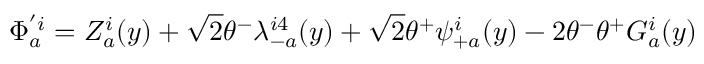
\Phi _ { a } ^ { ' i } = Z _ { a } ^ { i } ( y ) + \sqrt 2 \theta ^ { - } \lambda _ { - a } ^ { i 4 } ( y ) + \sqrt 2 \theta ^ { + } \psi _ { + a } ^ { i } ( y ) - 2 \theta ^ { - } \theta ^ { + } G _ { a } ^ { i } ( y )